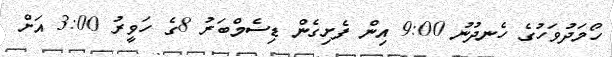
ހޯމަދުވަހުގެ ހެނދުނު 9:00 އިން ފެށިގެން ޑިސެމްބަރު 8ގެ ހަވީރު 3:00 އަށް